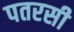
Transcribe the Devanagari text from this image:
पतरसी